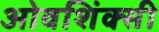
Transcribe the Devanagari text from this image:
ओवशिंक्सी